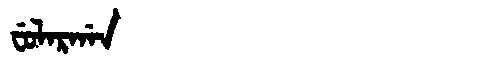
Manchu: ᠸᡠᠯᠠᡵᡤᠠᠨ
Romanization: FULARGAN